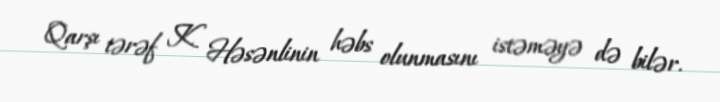
Qarşı tərəf K. Həsənlinin həbs olunmasını istəməyə də bilər.